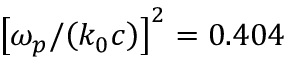
{ \left[ \omega _ { p } / { \left( k _ { 0 } c \right) } \right] } ^ { 2 } = 0 . 4 0 4